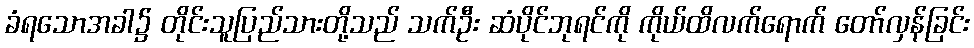
ခံရသောအခါ၌ တိုင်းသူပြည်သားတို့သည် သက်ဦး ဆံပိုင်ဘုရင်ကို ကိုယ်ထိလက်ရောက် တော်လှန်ခြင်း